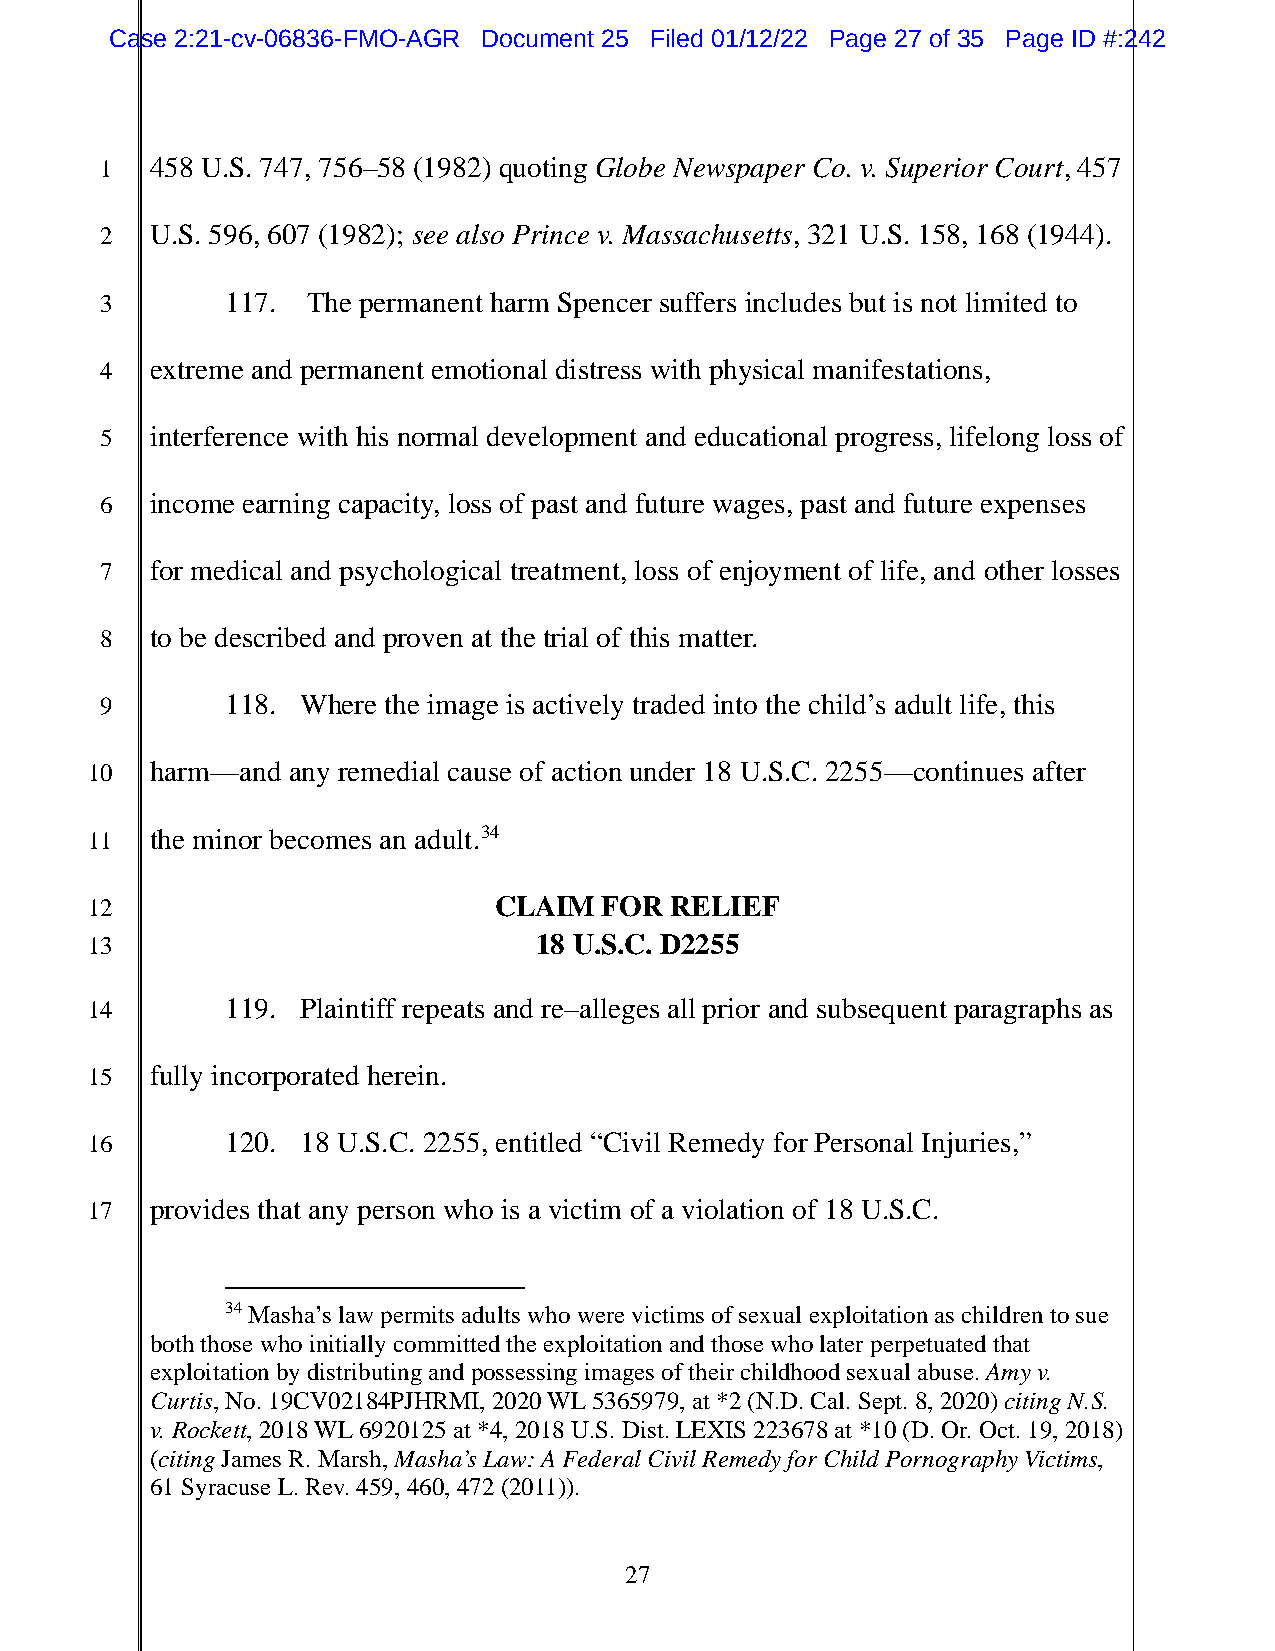
Case 2:21-cv-06836-FMO-AGR Document 25 Filed 01/12/22 Page 27 of 35 Page ID #:242
 1  458 U.S. 747, 756–58 (1982) quoting Globe Newspaper Co. v. Superior Court, 457
 2  U.S. 596, 607 (1982); see also Prince v. Massachusetts, 321 U.S. 158, 168 (1944).
 3       117. The permanent harm Spencer suffers includes but is not limited to
 4  extreme and permanent emotional distress with physical manifestations,
 5  interference with his normal development and educational progress, lifelong loss of
 6  income earning capacity, loss of past and future wages, past and future expenses
 7  for medical and psychological treatment, loss of enjoyment of life, and other losses
 8  to be described and proven at the trial of this matter.
 9       118. Where the image is actively traded into the child’s adult life, this
 10  harm—and any remedial cause of action under 18 U.S.C. 2255—continues after
 11  the minor becomes an adult.34
 12                         CLAIM  FOR RELIEF
 13                           18 U.S.C. D2255
 14       119. Plaintiff repeats and re–alleges all prior and subsequent paragraphs as
 15  fully incorporated herein.
 16       120. 18 U.S.C. 2255, entitled “Civil Remedy for Personal Injuries,”
 17  provides that any person who is a victim of a violation of 18 U.S.C.
 34 Masha’s law permits adults who were victims of sexual exploitation as children to sue
 both those who initially committed the exploitation and those who later perpetuated that
 exploitation by distributing and possessing images of their childhood sexual abuse. Amy v.
 Curtis, No. 19CV02184PJHRMI, 2020 WL 5365979, at *2 (N.D. Cal. Sept. 8, 2020) citing N.S.
 v. Rockett, 2018 WL 6920125 at *4, 2018 U.S. Dist. LEXIS 223678 at *10 (D. Or. Oct. 19, 2018)
 (citing James R. Marsh, Masha’s Law: A Federal Civil Remedy for Child Pornography Victims,
 61 Syracuse L. Rev. 459, 460, 472 (2011)).
 27